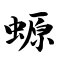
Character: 螈